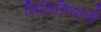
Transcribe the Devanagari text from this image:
सिलिसियाची